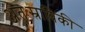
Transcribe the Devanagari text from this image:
अंतःस्राविकी